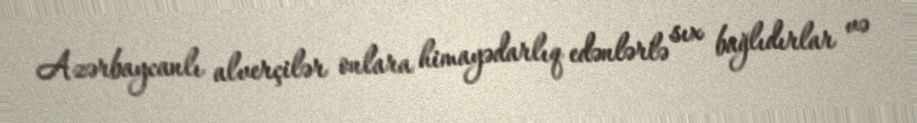
Azərbaycanlı alverçilər onlara himayədarlıq edənlərlə sıx bağlıdırlar və